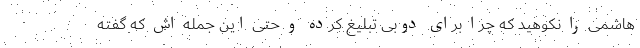
هاشمی را نکوهید که چرا برای دوبی تبلیغ کرده و حتی این جمله اش که گفته